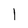
Character: l